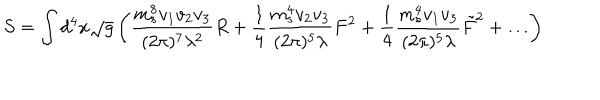
LaTeX: S = \int d ^ { 4 } x \sqrt { g } \left( { \frac { m _ { s } ^ { 8 } v _ { 1 } v _ { 2 } v _ { 3 } } { ( 2 \pi ) ^ { 7 } \lambda ^ { 2 } } } R + { \frac { 1 } { 4 } } { \frac { m _ { s } ^ { 4 } v _ { 2 } v _ { 3 } } { ( 2 \pi ) ^ { 5 } \lambda } } F ^ { 2 } + { \frac { 1 } { 4 } } { \frac { m _ { s } ^ { 4 } v _ { 1 } v _ { 3 } } { ( 2 \pi ) ^ { 5 } \lambda } } \tilde { F } ^ { 2 } + \dots \right)